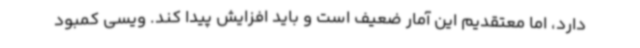
دارد، اما معتقدیم این آمار ضعیف است و باید افزایش پیدا کند. ویسی کمبود